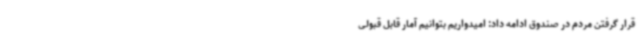
قرار گرفتن مردم در صندوق ادامه داد: امیدواریم بتوانیم آمار قابل قبولی